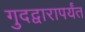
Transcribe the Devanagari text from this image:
गुदद्वारापर्यंत